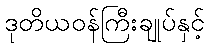
ဒုတိယဝန်ကြီးချုပ်နှင့်